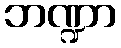
ဘဏ္ဍာ